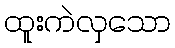
ထူးကဲလှသော